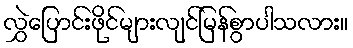
လွှဲပြောင်းဖိုင်များလျင်မြန်စွာပါသလား။